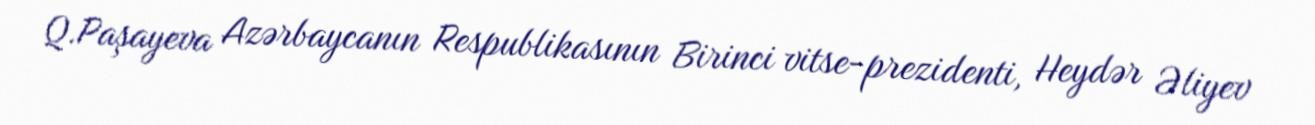
Q.Paşayeva Azərbaycanın Respublikasının Birinci vitse-prezidenti, Heydər Əliyev